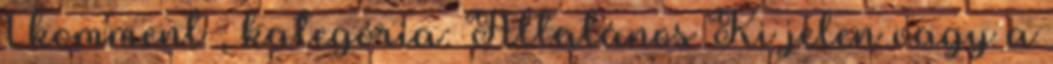
1 komment , kategória: Általános Ki jelen vagy a